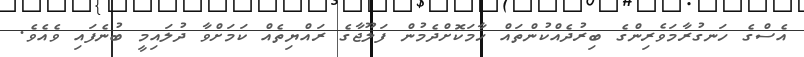
އެސްގެ ހަނގުރާމަވެރިންގެ ބިރުދެއްކުންތައް ހާމަކޮށްދެމުން ފަލޫޖާގެ ރައްޔިތެއް ކަމަށްވާ ދުލައިމީ ބުނެފައި ވެއެވެ.